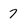
Character: 7